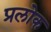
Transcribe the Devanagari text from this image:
प्रलोक